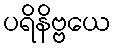
ပရိနိဗ္ဗယေ